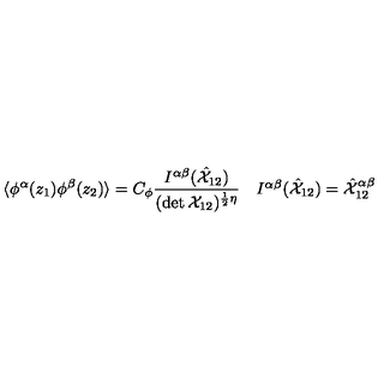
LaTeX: \begin{array} { c c } { \displaystyle { \langle \phi ^ { \alpha } ( z _ { 1 } ) \phi ^ { \beta } ( z _ { 2 } ) \rangle = C _ { \phi } \frac { I ^ { \alpha \beta } ( \hat { { \cal X } } _ { 1 2 } ) } { ( \det { \cal X } _ { 1 2 } ) ^ { \frac { 1 } { 2 } \eta } } } } & { I ^ { \alpha \beta } ( \hat { { \cal X } } _ { 1 2 } ) = \hat { { \cal X } } _ { 1 2 } ^ { \alpha \beta } } \\ \end{array}